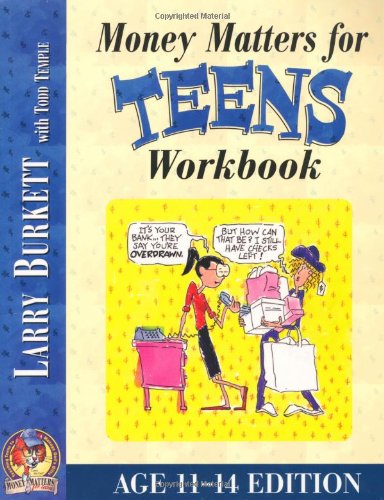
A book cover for Money Matters Workbook for Teens (ages 11-14); Larry Burkett; Christian Books & Bibles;